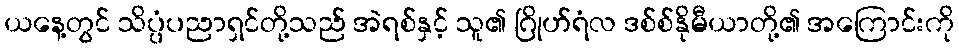
ယနေ့တွင် သိပ္ပံပညာရှင်တို့သည် အဲရစ်နှင့် သူ၏ ဂြိုဟ်ရံလ ဒစ်စ်နိုမီယာတို့၏ အကြောင်းကို